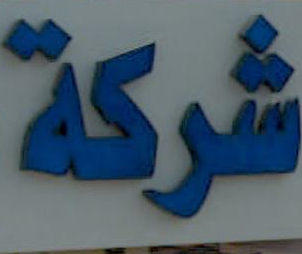
شركة